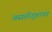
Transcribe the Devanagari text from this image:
वसतीगृहावर